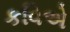
કવિએ